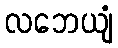
လဘေယျံ